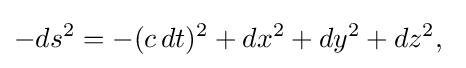
-ds^{2}=-(c\,dt)^{2}+dx^{2}+dy^{2}+dz^{2},\